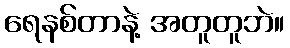
ရေနစ်တာနဲ့ အတူတူဘဲ။